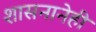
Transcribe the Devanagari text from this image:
शासनानेही